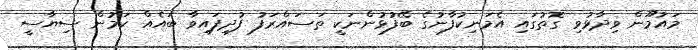
މައުމޫން ވިދާޅުވި ގޮތުގައި އެމަނިކުފާނުގެ ބޭފުޅުންނަކީ ތަސައްރަފު ފުދިފައިވާ ބައެއް ކަމުން ސިޔާސީ